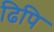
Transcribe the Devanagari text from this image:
ढिपि